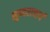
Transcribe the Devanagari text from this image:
सुन्दराचार्य